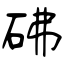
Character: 砩